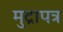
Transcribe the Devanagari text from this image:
मुद्रापत्र